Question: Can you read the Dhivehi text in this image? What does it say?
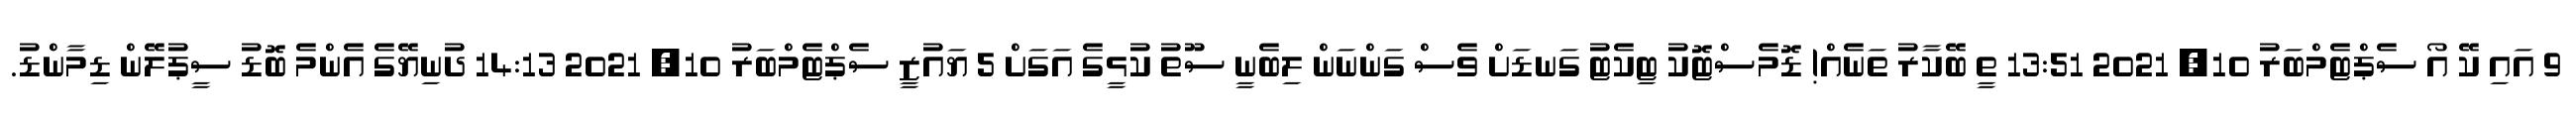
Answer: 9 އައި ކޭ އޯ ސެޕްޓެމްބަރު 10, 2021 13:51 ތީ ބޭކާރު ތަނެއް! ޑޮމެސްޓޮކު ޓިކެޓު ގަނޑަށް ވެސް ގަންނަން ލިބެނީ ސޫތު ކުޅީގެ އަގަށް 5 ޔައުޒީ ސެޕްޓެމްބަރު 10, 2021 14:13 ދުނިޔޭގެ އެންމެ ބޮޑު ސީޕުލޭން ޑިމާންޑު.